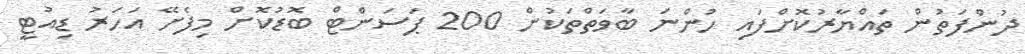
ދުންފަތުން ތައްޔާރުކޮށްފައި ހުންނަ ބާވަތްތަކުން 200 ޕަސަންޓް ބޮޑުކޮށް މިފެށޭ އަހަރު ޑިއުޓީ